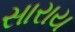
સારાય